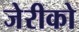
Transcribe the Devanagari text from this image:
जेरीको